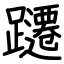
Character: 躚